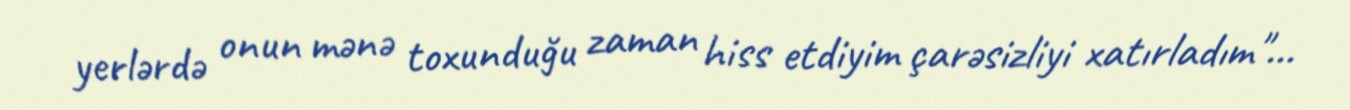
yerlərdə onun mənə toxunduğu zaman hiss etdiyim çarəsizliyi xatırladım"...